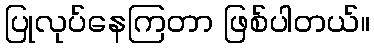
ပြုလုပ်နေကြတာ ဖြစ်ပါတယ်။